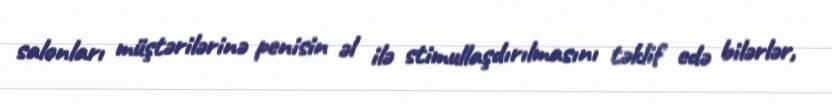
salonları müştərilərinə penisin əl ilə stimullaşdırılmasını təklif edə bilərlər,